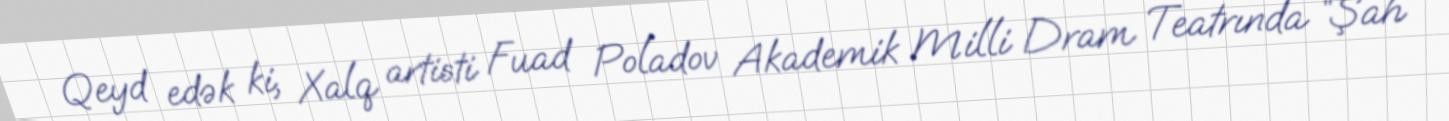
Qeyd edək ki, Xalq artisti Fuad Poladov Akademik Milli Dram Teatrında “Şah